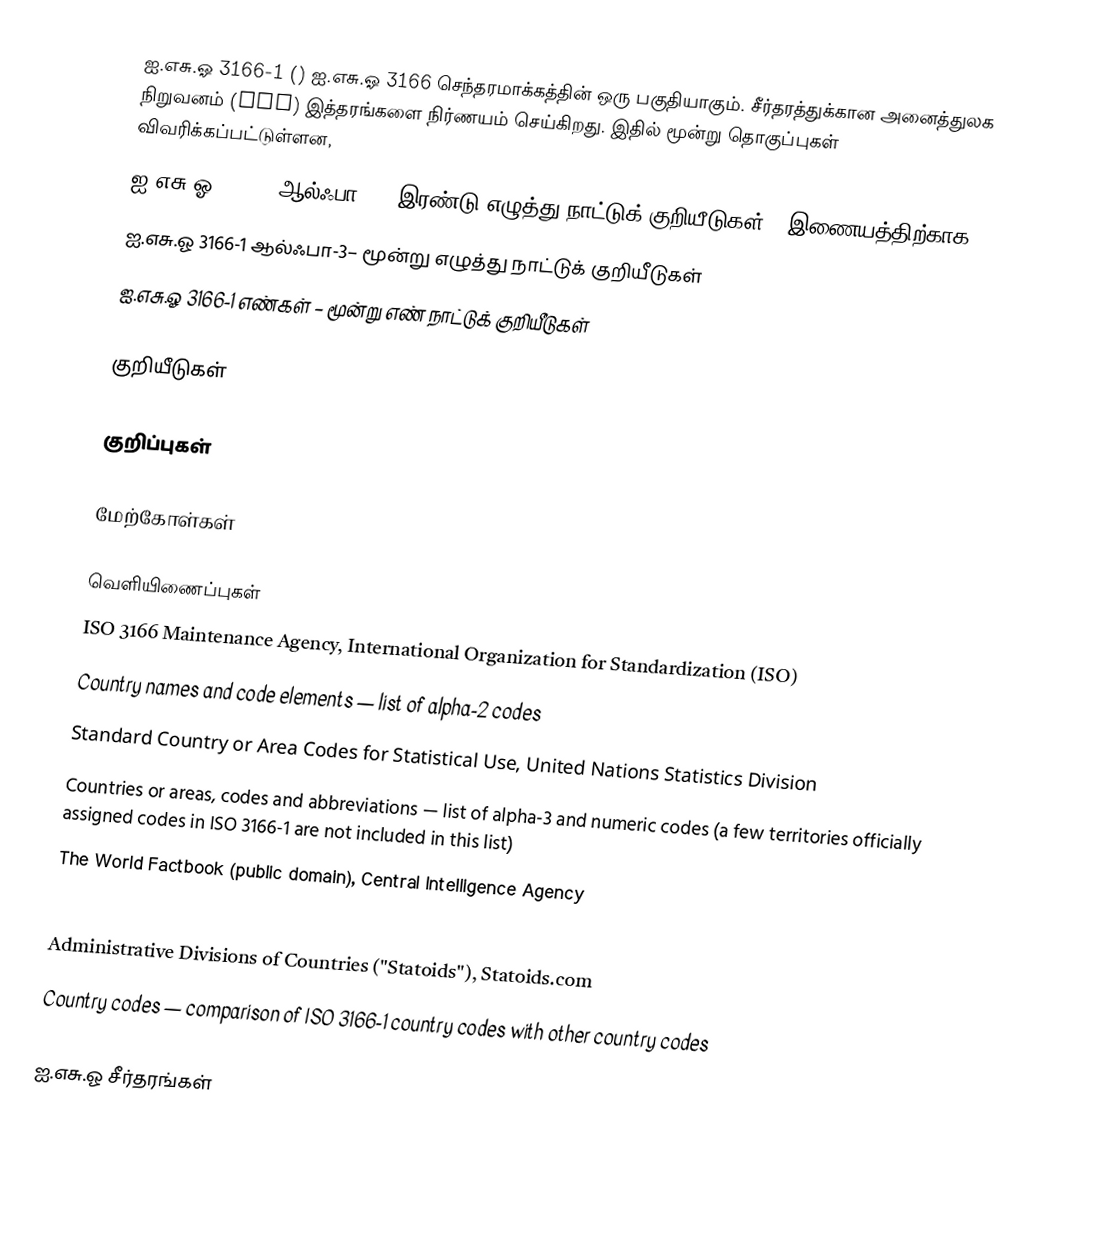
ஐ.எசு.ஓ 3166-1 () ஐ.எசு.ஓ 3166 செந்தரமாக்கத்தின் ஒரு பகுதியாகும். சீர்தரத்துக்கான அனைத்துலக நிறுவனம் (ISO) இத்தரங்களை நிர்ணயம் செய்கிறது. இதில் மூன்று தொகுப்புகள் விவரிக்கப்பட்டுள்ளன,
 ஐ.எசு.ஓ 3166-1 ஆல்ஃபா-2 – இரண்டு எழுத்து நாட்டுக் குறியீடுகள் -  இணையத்திற்காக
 ஐ.எசு.ஓ 3166-1 ஆல்ஃபா-3–  மூன்று எழுத்து நாட்டுக் குறியீடுகள்
 ஐ.எசு.ஓ 3166-1 எண்கள் – மூன்று எண் நாட்டுக் குறியீடுகள்

குறியீடுகள்

குறிப்புகள்

மேற்கோள்கள்

வெளியிணைப்புகள்
 ISO 3166 Maintenance Agency, International Organization for Standardization (ISO)
 Country names and code elements — list of alpha-2 codes
 Standard Country or Area Codes for Statistical Use, United Nations Statistics Division
 Countries or areas, codes and abbreviations — list of alpha-3 and numeric codes (a few territories officially assigned codes in ISO 3166-1 are not included in this list)
 The World Factbook (public domain), Central Intelligence Agency
 Appendix D – Cross-Reference List of Country Data Codes  — comparison of FIPS 10, ISO 3166, and STANAG 1059 country codes
 Administrative Divisions of Countries ("Statoids"), Statoids.com
 Country codes — comparison of ISO 3166-1 country codes with other country codes

ஐ.எசு.ஓ சீர்தரங்கள்